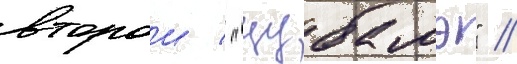
второи / "цубамэ" //